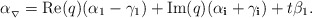
\begin{align*}\alpha_{_\nabla}=\mathrm{Re}(q)(\alpha_{1}-\gamma_{1})+\mathrm{Im}(q)(\alpha_{\bf{i}}+\gamma_{\bf{i}})+t\beta_{1}.\end{align*}